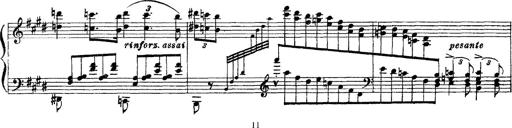
Title: 3 sonetti di Petrarca
Composer: Franz Liszt